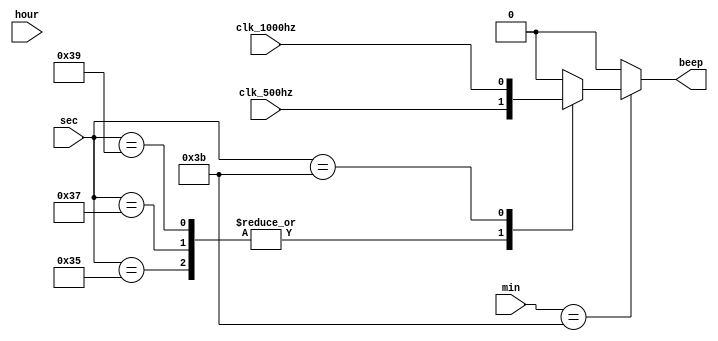
module sounder(
	input clk_1000hz,
	input clk_500hz,
	input [5:0] sec,
	input [5:0] min,
	input [5:0] hour,
	output reg beep
);

always @ * begin
	if(min == 59) begin
		case(sec)
			53: beep <= clk_500hz;
			55: beep <= clk_500hz;
			57: beep <= clk_500hz;
			59: beep <= clk_1000hz;
			default: beep <= 0;
		endcase
	end
	else begin
		beep <= 0;
	end
end

endmodule